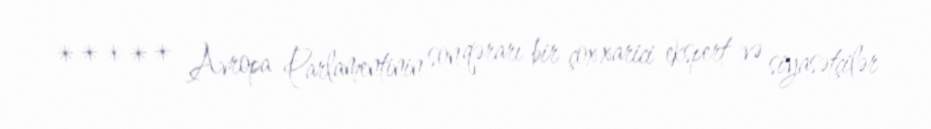
***** Avropa Parlamentinin son qərarı bir çox xarici ekspert və siyasətçilər